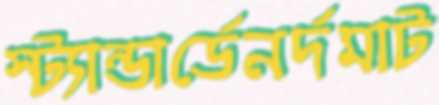
স্ট্যান্ডার্ডেনর্দমাট